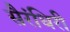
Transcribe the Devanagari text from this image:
सैरंधिरी